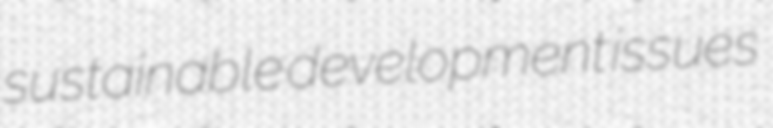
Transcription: sustainable development issues